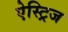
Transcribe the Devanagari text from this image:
ऐस्ट्रिज